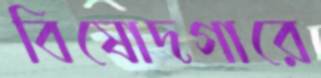
বিষোদগারে